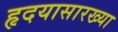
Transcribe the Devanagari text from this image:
हृदयासारख्या